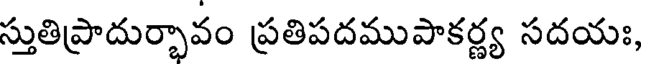
స్తుతిప్రాదుర్భావం ప్రతిపదముపాకర్ణ్య సదయః,